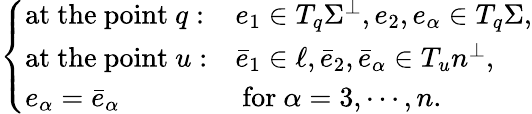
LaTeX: \begin{array}{r}{\left\{ \begin{array}{ll}{\mathrm{at~the~point~}q:}&{e_{1}\in T_{q}\Sigma^{\perp},e_{2},e_{\alpha}\in T_{q}\Sigma,}\\ {\mathrm{at~the~point~}u:}&{\bar{e}_{1}\in\ell,\bar{e}_{2},\bar{e}_{\alpha}\in T_{u}n^{\perp},}\\ {e_{\alpha}=\bar{e}_{\alpha}}&{\mathrm{~for~}\alpha=3,\cdots,n.}\end{array}\right.}\end{array}